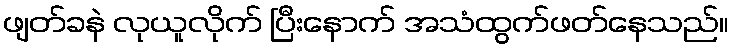
ဖျတ်ခနဲ လုယူလိုက် ပြီးနောက် အသံထွက်ဖတ်နေသည်။